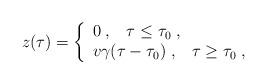
LaTeX: \begin{align*}z(\tau)=\left\{\begin{array}{l}0 \; , \;\;\; \tau\leq \tau_0 \; , \\v\gamma(\tau -\tau_0) \; , \;\;\; \tau\geq \tau_0 \; , \end{array}\right.\end{align*}